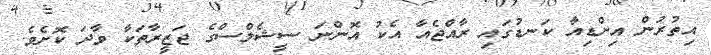
އިތުރުން އިންޑިއާ ކަނޑުގައި ރާއްޖެއާ އެކު އޮންނަ ސީޝެލްސްގެ ޖަޒީރާތަކާ ވާދަ ކޮށެވެ.